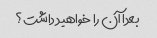
بعدا آن را خواهید داشت؟